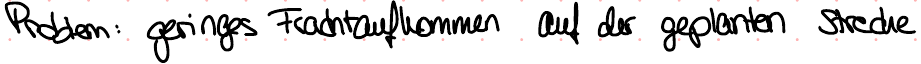
Problem: geringes Frachtaufkommen auf der geplanten Strecke